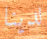
لدينا